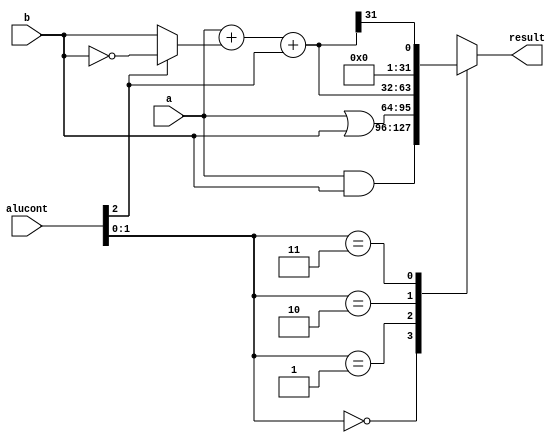
`timescale 1ns/1ps
//`define DEBUG
module alu(input      [31:0] a, b,
           input      [2:0]  alucont,
           output reg [31:0] result
           );

  wire [31:0] b2, sum, slt;

`ifdef DEBUG
  initial begin
    $dumpvars(0, a, b, alucont, result);
  end
`endif
  assign b2 = alucont[2] ? ~b : b;
  assign sum = a + b2 + alucont[2];
  assign slt = sum[31];

  always @(*) begin
    case(alucont[1:0])
      2'b00: result = a & b;
      2'b01: result = a | b;
      2'b10: result = sum;
      2'b11: result = slt;
    endcase
  end
endmodule